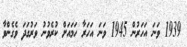
1939 ވަނަ އަހަރުން 1945 ވަނަ އަހަރާ ހަމައަށް ކުރެވުނު ވަރުގަދަ ވެގެންވާ